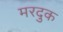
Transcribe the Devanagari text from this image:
मरदुक